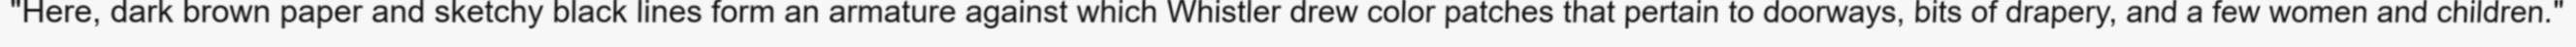
"Here, dark brown paper and sketchy black lines form an armature against which Whistler drew color patches that pertain to doorways, bits of drapery, and a few women and children."